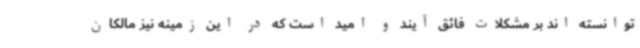
توانسته اند بر مشکلات فائق آیند و امید است که در این زمینه نیز مالکان